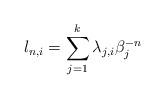
LaTeX: \begin{align*}l_{n,i}=\sum_{j=1}^k \lambda_{j,i} \beta_j^{-n}\end{align*}